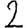
Digit: 2